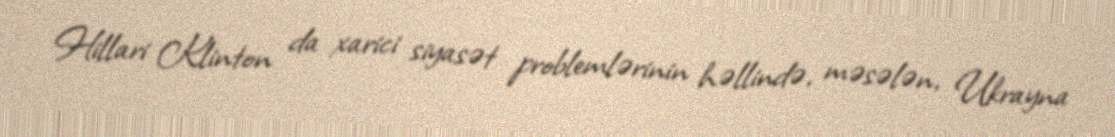
Hillari Klinton da xarici siyasət problemlərinin həllində, məsələn, Ukrayna